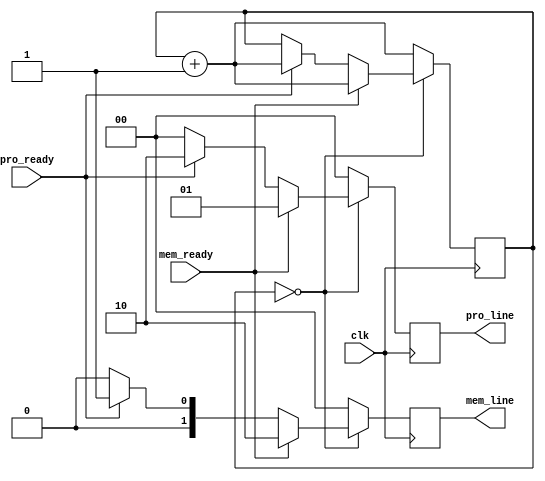
`timescale 1ns / 1ps


module bus_controller(
    input clk,
    input mem_ready, // memory feedback
    input pro_ready, // processor feedback
    output reg [1:0] mem_line, // control bits
    output reg [1:0] pro_line // control bits
);

reg [2:0] state;

initial
begin
    pro_line=2'b00;
    mem_line=2'b00;
    state=0;
end

always@(posedge clk)
begin
    if(state==0) 
    begin
        if(mem_ready)
        begin
            mem_line=2'b10;
            pro_line=2'b01;
            state=state+1;
        end
        else if(pro_ready)
        begin
            pro_line=2'b10;
            mem_line=2'b01;
            state=state+1;
        end
        else
        begin
            mem_line=2'b00;
            pro_line=2'b00;
        end
    end
    else
    begin
        state=state+1;
        mem_line=2'b00;
        pro_line=2'b00;
    end
end

endmodule